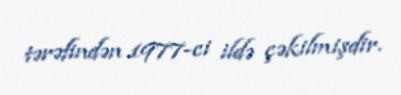
tərəfindən 1977-ci ildə çəkilmişdir.